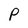
Character: P